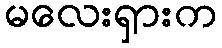
မလေးရှားက